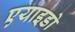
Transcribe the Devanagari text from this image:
एयाइडो